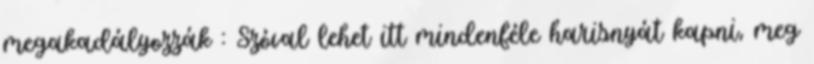
megakadályozzák : Szóval lehet itt mindenféle harisnyát kapni, meg